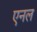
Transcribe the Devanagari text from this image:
एनल